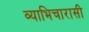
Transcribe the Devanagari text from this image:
व्याभिचारासी